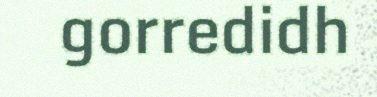
gorredidh